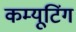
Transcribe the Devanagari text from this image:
कम्यूटिंग